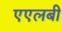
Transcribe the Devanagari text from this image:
एएलबी